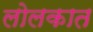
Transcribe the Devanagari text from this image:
लोलकात